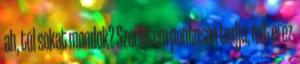
ah, túl sokat mondok? Szerintem pontosan tudja, mit érez